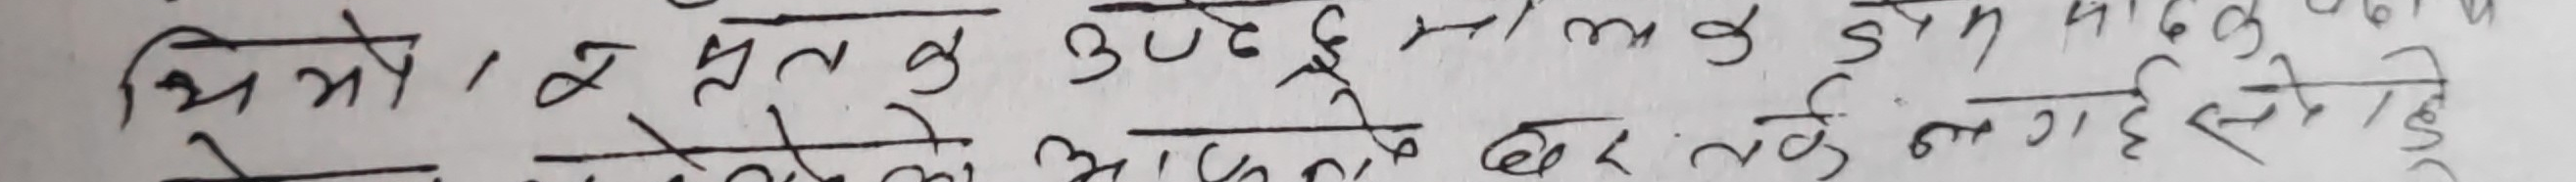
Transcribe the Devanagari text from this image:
भियो, १-४, तु उठे छे, १/m, द ५, ६, ३
मै तेने अदिनासे छर के मग रहे रहे